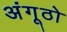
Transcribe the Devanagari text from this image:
अंगूठो